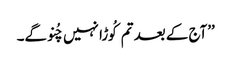
’’آج کے بعد تم کُوڑا نہیں چُنو گے۔